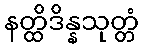
နတ္ထိဒိန္နသုတ္တံ